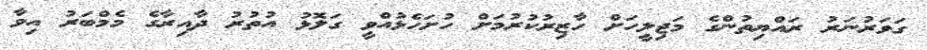
ގަވަރުނަރު ރައްޔިތުންގެ މަޖިލީހަށް ހާޒިރުކުރުމަށް ހުށަހެޅުއްވީ ގަލޮޅު އުތުރު ދާއިރާގެ މެމްބަރު އިވާ